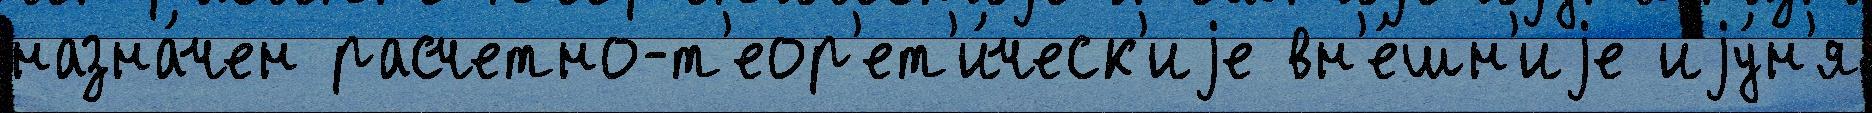
назна́чен расчетно-т'еор'ет'и́ческ'иjе вн'е́шн'иjе иjу́н'я